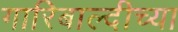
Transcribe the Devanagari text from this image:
गारिबाल्दीच्या